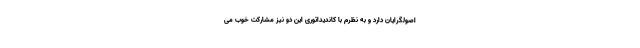
اصولگرایان دارد و به نظرم با کاندیداتوری این دو نیز مشارکت خوب می